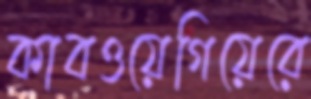
কাবওয়েগিয়েরে